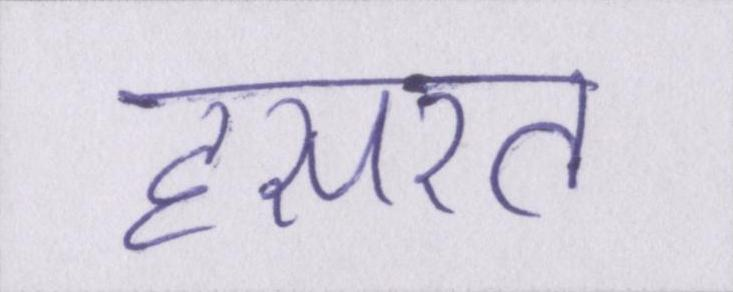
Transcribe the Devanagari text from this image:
हसरत